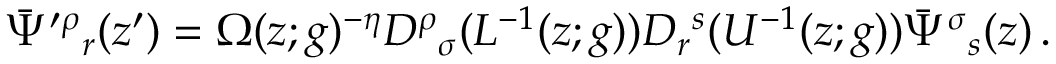
\bar { \Psi } ^ { \prime \rho } { } _ { r } ( z ^ { \prime } ) = \Omega ( z ; g ) ^ { - \eta } D ^ { \rho } { } _ { \sigma } ( L ^ { - 1 } ( z ; g ) ) D _ { r } { } ^ { s } ( U ^ { - 1 } ( z ; g ) ) \bar { \Psi } ^ { \sigma } { } _ { s } ( z ) \, .